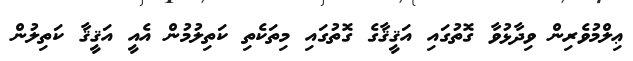
ޢިލްމުވެރިން ވިދާޅުވާ ގޮތުގައި އަޤީޤާގެ ގޮތުގައި މިތަކެތި ކަތިލުމުން އެއީ އަޤީޤާ ކަތިލުން